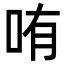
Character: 哊